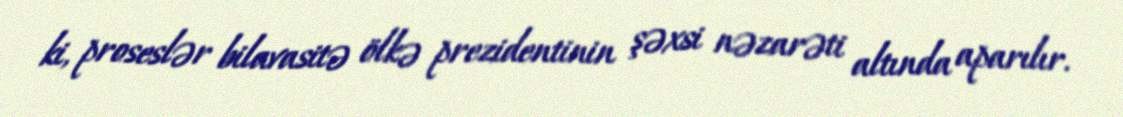
ki, proseslər bilavasitə ölkə prezidentinin şəxsi nəzarəti altında aparılır.